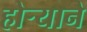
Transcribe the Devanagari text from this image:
होऱ्याने